Medical and sanitary report of the native army of Bengal for the year
Year: 1876
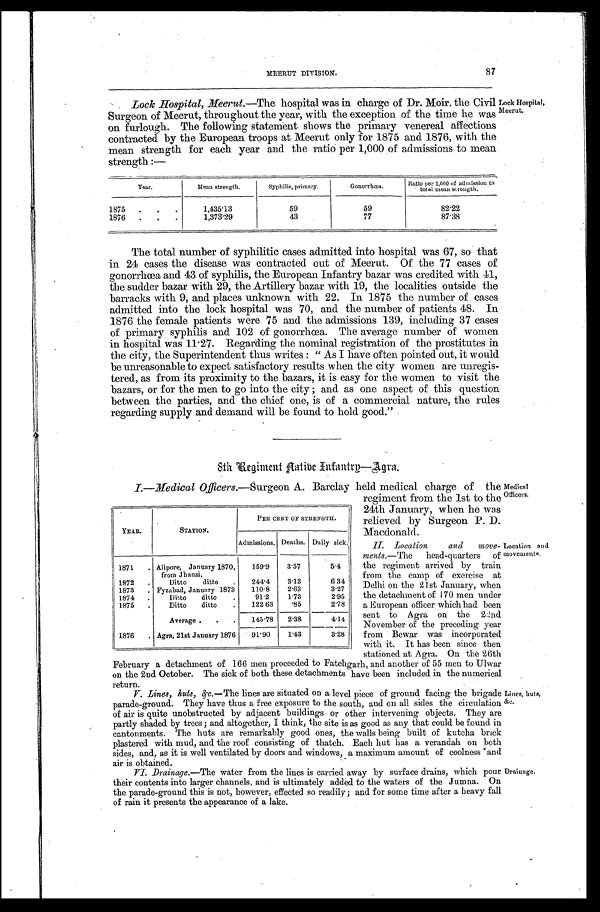
Medical
Officers.
Location and
movements.
Lines, huts,
&c.
Drainage.
MEERUT DIVISION.
87
Lock Hospital, Meerut. —The hospital was in charge of Dr. Moir, the Civil
Surgeon of Meerut, throughout the year, with the exception of the time he was
on furlough. The following statement shows the primary venereal affections
contracted by the European troops at Meerut only for 1875 and 1876, with the
mean strength for each year and the ratio per 1,000 of admissions to mean
strength :—
Lock Hospital,
Meerut.
Year.
Mean strength.
Syphilis, primary.
Gonorrhœa.
Ratio per 1,000 of admission to
total mean strength.
1875
.
.
.
1,435.13
59
59
82.22
1876
.
.
.
1,373.29
43
77
87.38
The total number of syphilitic cases admitted into hospital was 67, so that
in 24 cases the disease was contracted out of Meerut. Of the 77 cases of
gonorrhœa and 43 of syphilis, the European Infantry bazar was credited with 41,
the sudder bazar with 29, the Artillery bazar with 19, the localities outside the
barracks with 9, and places unknown with 22. In 1875 the number of cases
admitted into the lock hospital was 70, and the number of patients 48. In
1876 the female patients were 75 and the admissions 139, including 37 cases
of primary syphilis and 102 of gonorrhœa. The average number of women
in hospital was 11 . 27. Regarding the nominal registration of the prostitutes in
the city, the Superintendent thus writes : " As I have often pointed out, it w ould
be unreasonable to expect satisfactory results when the city women are unregis-
tered, as from its proximity to the bazars, it is easy for the women to visit the
bazars, or for the men to go into the city ; and as one aspect of this question
between the parties, and the chief one, is of a commercial nature, the rules
regarding supply and demand will be found to hold good."
8th Regiment Native Infantry—Agra.
I . — M e d i c a l O f f i c e r s .
— S u r g e o n A . B a r c l a y h e l d m e d i c a l c h a r g e o f t h e
regiment from the 1st to the
24th January, when he was
relieved by Surgeon P. D.
Macdonald.
II. Location and move-
ments. —The head-quarters of
the regiment arrived by train
from the camp of exercise at
Delhi on the 21st January, when
the detachment of 170 men under
a European officer which had been
sent to Agra on the 22nd
November of the preceding year
from Bewar was incorporated
with it. It has been since then
stationed at Agra. On the 26th
February a detachment of 166 men proceeded to Fatehgarh, and another of 55 men to Ulwar
on the 2nd October. The sick of both these detachments have been included in the numerical
return.
V. Lines, huts, &c. —The lines are situated on a level piece of ground facing the brigade
parade-ground. They have thus a free exposure to the south, and on all sides the circulation
of air is quite unobstructed by adjacent buildings or other intervening objects. They are
partly shaded by trees ; and altogether, I think, the site is as good as any that could be found in
cantonments. The huts are remarkably good ones, the walls being built of kutcha brick
plastered with mud, and the roof consisting of thatch. Each hut has a verandah on both
sides, and, as it is well ventilated by doors and windows, a maximum amount of coolness and
air is obtained.
VI. Drainage. —The water from the lines is carried away by surface drains, which pour
their contents into larger channels, and is ultimately added to the waters of the Jumna. On
the parade-ground this is not, however, effected so readily; and for some time after a heavy fall
of rain it presents the appearance of a lake.
YEAR.
STATION.
PER CENT OF STRENGTH.
Admissions. Deaths. Daily sick.
1871
. Alipore, January 1870,
from Jhansi .
159.9
3.57
5.4
1872
.
Ditto ditto
.
244.4
3.13
6.34
1873
. Fyzabad, January 1873
110.8
2.63
3.27
1874
.
Ditto ditto
.
91.2
1.73
2.95
1875
.
Ditto ditto
.
122.63
.85
2.78
Average .
.
.
145.78
2.38
4.14
1876
. Agra, 21st January 1876
91.90
1.43
3.28